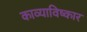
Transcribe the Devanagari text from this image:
काव्याविष्कार